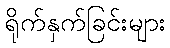
ရိုက်နှက်ခြင်းများ